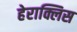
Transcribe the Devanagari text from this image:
हेराक्लिस